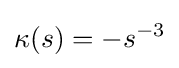
\kappa (s)=-s^{-3}